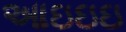
આઇઇઇ